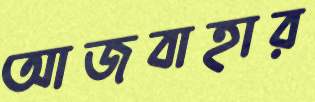
আজবাহার